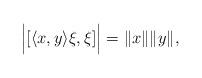
LaTeX: \begin{align*}\Big| [\langle x , y \rangle \xi , \xi ]\Big| =\| x\| \| y\|,\end{align*}